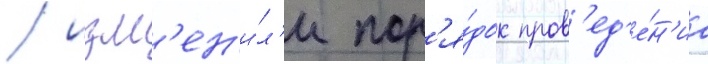
/ изм'ен'и́л'и пор'я́док пров'ед'е́н'иа